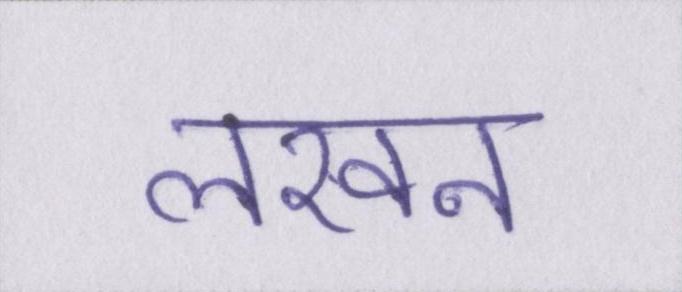
लखन